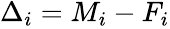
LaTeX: \begin{array}{r}{\Delta_{i}=M_{i}-F_{i}}\end{array}